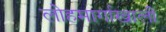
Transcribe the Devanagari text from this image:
लोहमार्गाखाली